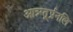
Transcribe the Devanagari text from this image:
आत्र्ग्त्र्र्प्रनलि